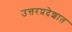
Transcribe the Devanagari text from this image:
उत्तरप्रदेशात